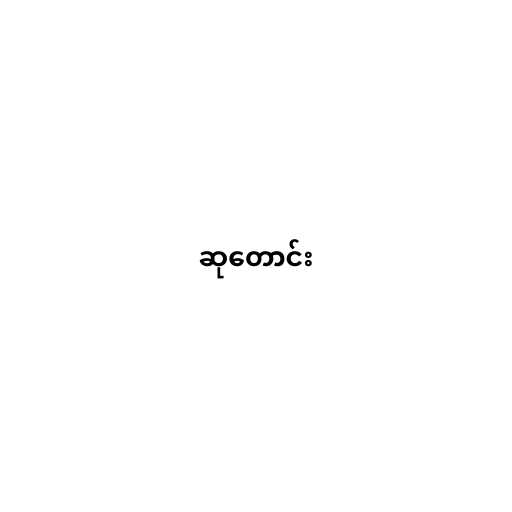
ဆုတောင်း